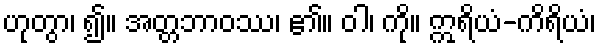
ဟုတွာ၊ ၍။ အတ္တဘာဝဿ၊ ၏။ ဝါ၊ ကို။ ဣရိယံ-ကိရိယံ၊